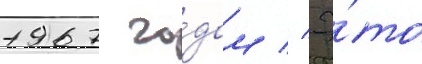
1967 го́дом // Э́то